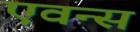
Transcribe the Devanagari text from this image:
एवन्स